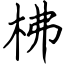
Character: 柫